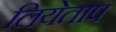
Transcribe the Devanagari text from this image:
लियेताप